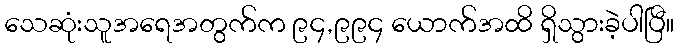
သေဆုံးသူအရေအတွက်က ၉၄,၉၉၄ ယောက်အထိ ရှိသွားခဲ့ပါပြီ။